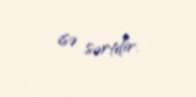
isə sərtdir.